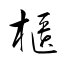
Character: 櫃